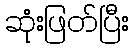
ဆုံးဖြတ်ပြီး